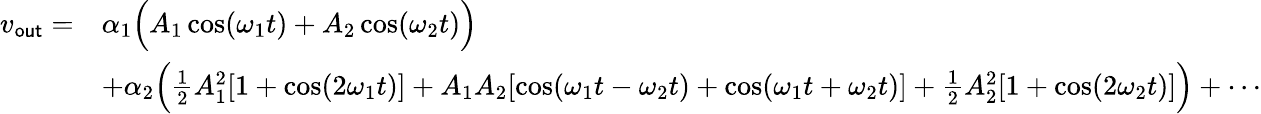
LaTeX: {\begin{array}{rl}{v_{\mathsf{out}}=}&{\alpha_{1}{\Bigl(}A_{1}\cos(\omega_{1}t)+A_{2}\cos(\omega_{2}t){\Bigr)}}\\ &{+\alpha_{2}{\Bigl(}{\frac{1}{2}}A_{1}^{2}[1+\cos(2\omega_{1}t)]+A_{1}A_{2}[\cos(\omega_{1}t-\omega_{2}t)+\cos(\omega_{1}t+\omega_{2}t)]+{\frac{1}{2}}A_{2}^{2}[1+\cos(2\omega_{2}t)]{\Bigr)}+\cdots}\end{array}}